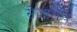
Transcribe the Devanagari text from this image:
सेजारीच